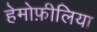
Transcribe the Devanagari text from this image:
हेमोफ़ीलिया